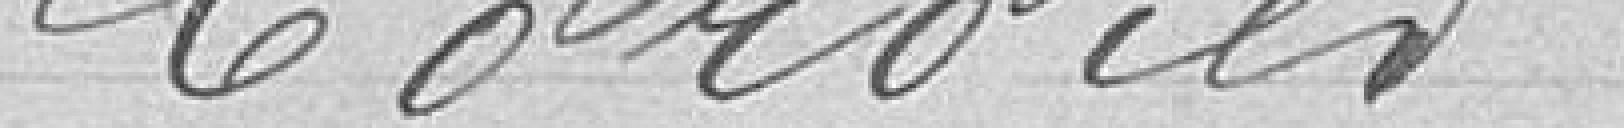
CORDIER